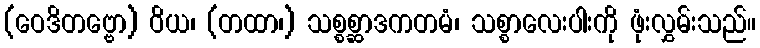
(ဝေဒိတဗ္ဗော) ဝိယ၊ (တထာ၊) သစ္စစ္ဆာဒကတမံ၊ သစ္စာလေးပါးကို ဖုံးလွှမ်းသည်။